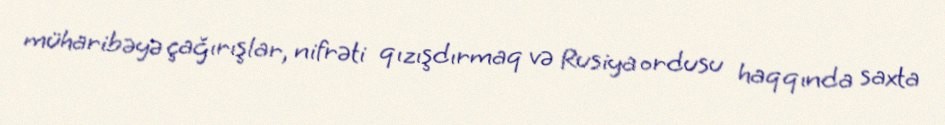
müharibəyə çağırışlar, nifrəti qızışdırmaq və Rusiya ordusu haqqında saxta